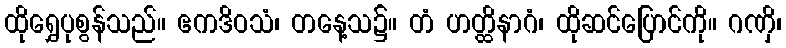
ထိုရွှေပုစွန်သည်။ ဧကဒိဝသံ၊ တနေ့သ၌။ တံ ဟတ္ထိနာဂံ၊ ထိုဆင်ပြောင်ကို။ ဂဏှိ၊